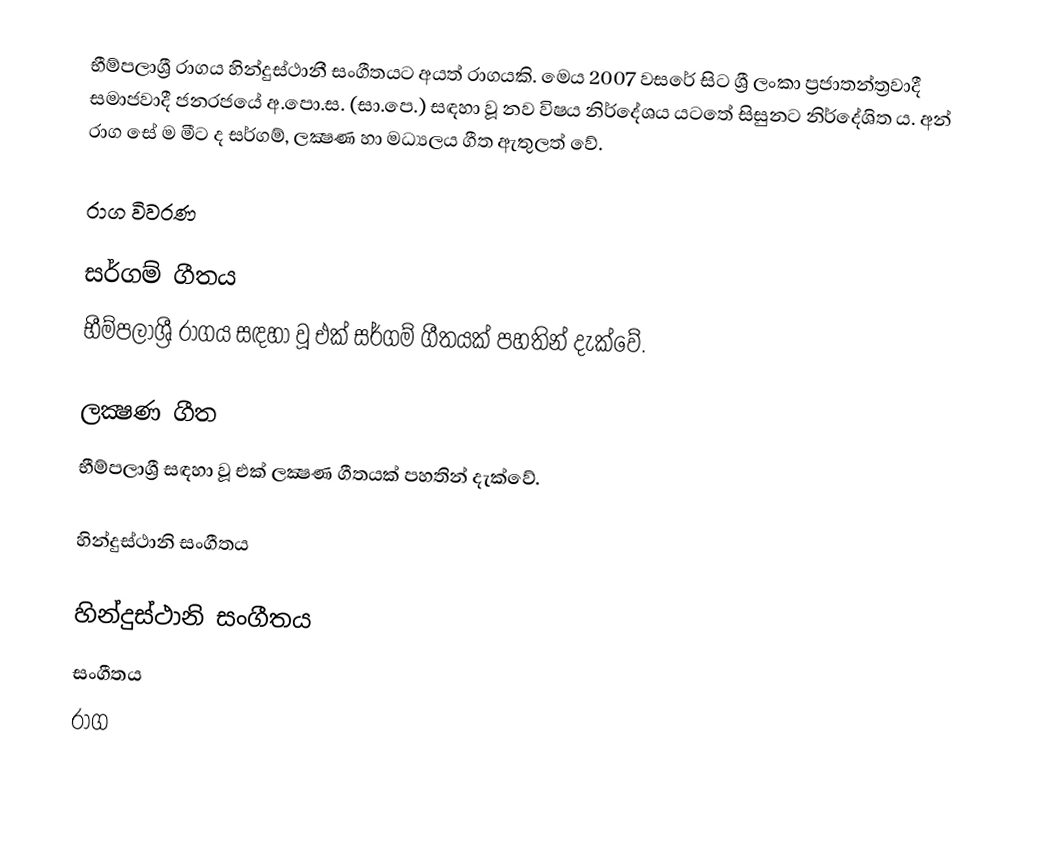
භීම්පලාශ්‍රී රාගය හින්දුස්ථානී සංගීතයට අයත් රාගයකි. මෙය 2007 වසරේ සිට ශ්‍රී ලංකා ප්‍රජාතන්ත්‍රවාදී සමාජවාදී ජනරජයේ අ.පො.ස. (සා.පෙ.) සඳහා වූ නව විෂය නිර්දේශය යටතේ සිසුනට නිර්දේශිත ය. අන් රාග සේ ම මීට ද සර්ගම්, ලක්‍ෂණ හා මධ්‍යලය ගීත ඇතුලත් වේ.

රාග විවරණ

සර්ගම් ගීතය
භීම්පලාශ්‍රී රාගය සඳහා වූ එක් සර්ගම් ගීතයක් පහතින් දැක්වේ.

ලක්‍ෂණ ගීත
භීම්පලාශ්‍රී සඳහා වූ එක් ලක්‍ෂණ ගීතයක් පහතින් දැක්වේ.

හින්දුස්ථානි සංගීතය

හින්දුස්ථානි සංගීතය
සංගීතය
රාග